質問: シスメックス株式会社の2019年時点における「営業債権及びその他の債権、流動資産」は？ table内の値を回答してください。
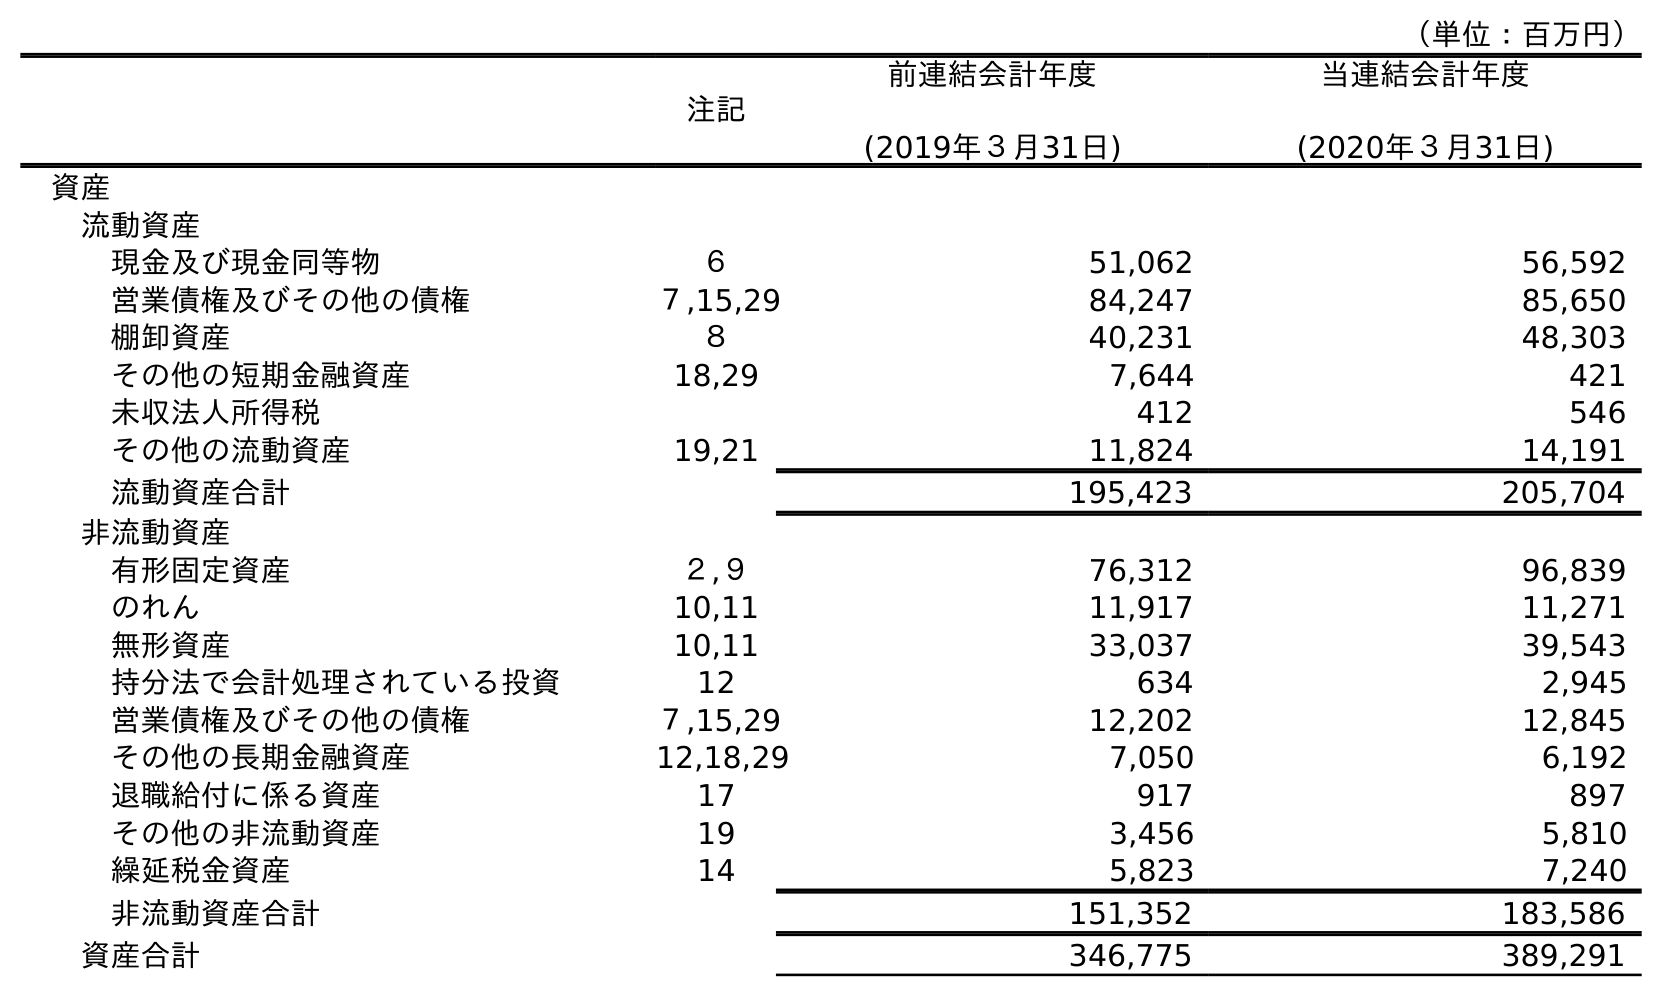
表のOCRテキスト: （単位：百万円） 注記 前連結会計年度 (2019年３月31日) 当連結会計年度 (2020年３月31日) 資産 流動資産 現金及び現金同等物 ６ 51,062 56,592 営業債権及びその他の債権 ７,15,29 84,247 85,650 棚卸資産 ８ 40,231 48,303 その他の短期金融資産 18,29 7,644 421 未収法人所得税 412 546 その他の流動資産 19,21 11,824 14,191 流動資産合計 195,423 205,704 非流動資産 有形固定資産 ２,９ 76,312 96,839 のれん 10,11 11,917 11,271 無形資産 10,11 33,037 39,543 持分法で会計処理されている投資 12 634 2,945 営業債権及びその他の債権 ７,15,29 12,202 12,845 その他の長期金融資産 12,18,29 7,050 6,192 退職給付に係る資産 17 917 897 その他の非流動資産 19 3,456 5,810 繰延税金資産 14 5,823 7,240 非流動資産合計 151,352 183,586 資産合計 346,775 389,291
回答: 84,247